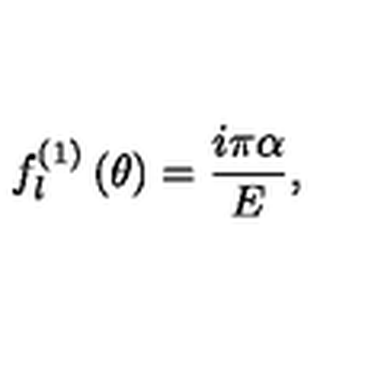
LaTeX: f _ { l } ^ { \left( 1 \right) } \left( \theta \right) = \frac { i \pi \alpha } { E } , \qquad